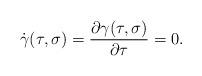
LaTeX: \begin{align*}\dot{\gamma}(\tau,\sigma) = {\partial\gamma(\tau,\sigma)\over\partial\tau}=0.\end{align*}